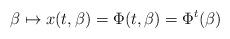
LaTeX: \begin{align*}\beta \mapsto x( t, \beta)=\Phi( t, \beta)=\Phi^t(\beta)\end{align*}